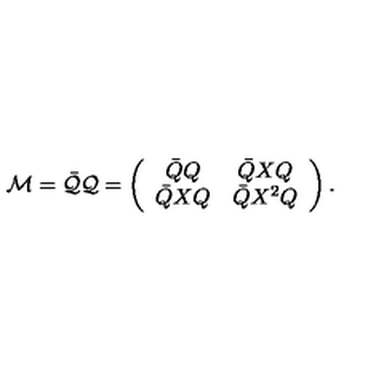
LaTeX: { \cal M } = \bar { \cal Q } { \cal Q } = \left( \begin{array} { c c } { \bar { Q } Q } & { \bar { Q } X Q } \\ { \bar { Q } X Q } & { \bar { Q } X ^ { 2 } Q } \\ \end{array} \right) .